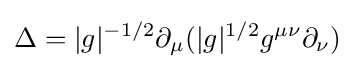
\Delta =|g|^{-1/2}\partial _{\mu }(|g|^{1/2}g^{\mu \nu }\partial _{\nu })